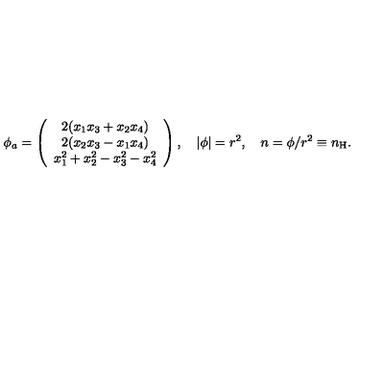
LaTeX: \phi _ { a } = \left( \begin{array} { c } { 2 ( x _ { 1 } x _ { 3 } + x _ { 2 } x _ { 4 } ) } \\ { 2 ( x _ { 2 } x _ { 3 } - x _ { 1 } x _ { 4 } ) } \\ { x _ { 1 } ^ { 2 } + x _ { 2 } ^ { 2 } - x _ { 3 } ^ { 2 } - x _ { 4 } ^ { 2 } } \\ \end{array} \right) , \quad | \phi | = r ^ { 2 } , \quad n = \phi / r ^ { 2 } \equiv n _ { \mathrm { H } } .